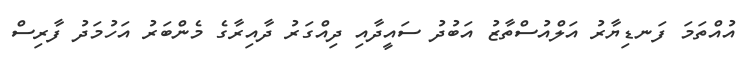
އުއްތަމަ ފަނޑިޔާރު އަލްއުސްތާޒު އަބުދު ސައީދާއި ދިއްގަރު ދާއިރާގެ މެންބަރު އަހުމަދު ފާރިސް